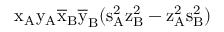
\mathrm { x _ { A } \mathrm { y _ { A } \mathrm { \overline { { x } } _ { B } \mathrm { \overline { { y } } _ { B } ( \mathrm { s _ { A } ^ { 2 } \mathrm { z _ { B } ^ { 2 } - \mathrm { z _ { A } ^ { 2 } \mathrm { s _ { B } ^ { 2 } ) } } } } } } } }